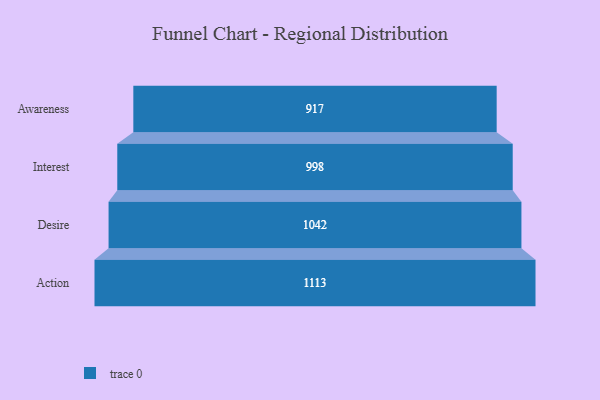
{"axis": {"x": "Stage", "y": "Value"}, "legend": [""], "data": [{"x": "Awareness", "y": 917.0, "type": ""}, {"x": "Interest", "y": 998.0, "type": ""}, {"x": "Desire", "y": 1042.0, "type": ""}, {"x": "Action", "y": 1113.0, "type": ""}]}